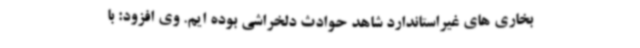
بخاری های غیراستاندارد شاهد حوادث دلخراشی بوده ایم. وی افزود: با